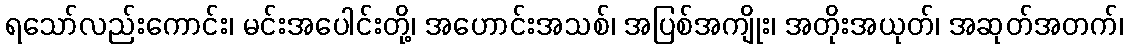
ရသော်လည်းကောင်း၊ မင်းအပေါင်းတို့၊ အဟောင်းအသစ်၊ အပြစ်အကျိုး၊ အတိုးအယုတ်၊ အဆုတ်အတက်၊